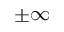
\pm \infty